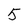
Character: 5